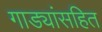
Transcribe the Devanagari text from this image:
गाड्यांसहित